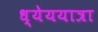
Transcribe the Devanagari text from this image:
ध्येययात्रा